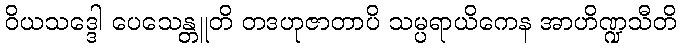
ဝိယသဒ္ဒေါ ပေသေန္တူတိ တဒဟုဇာတာပိ သမ္ပရာယိကေန အာဟိဏ္ဍသီတိ